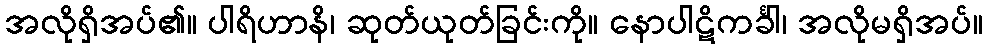
အလိုရှိအပ်၏။ ပါရိဟာနိ၊ ဆုတ်ယုတ်ခြင်းကို။ နောပါဋိကင်္ခါ၊ အလိုမရှိအပ်။